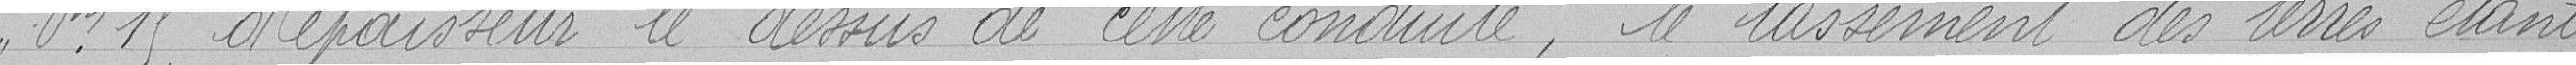
0,15 m d'épaisseur le dessus de cette conduite, le tassement des terres étant